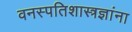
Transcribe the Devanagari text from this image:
वनस्पतिशास्त्रज्ञांना